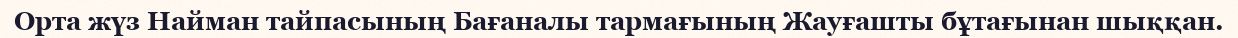
Орта жүз Найман тайпасының Бағаналы тармағының Жауғашты бұтағынан шыққан.